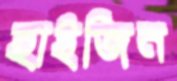
হাইজিন